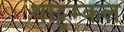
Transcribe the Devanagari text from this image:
थोट्टूम्कल